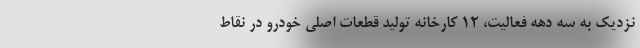
نزدیک به سه دهه فعالیت، ١٢ کارخانه تولید قطعات اصلی خودرو در نقاط